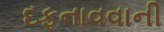
દફનાવવાની